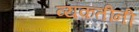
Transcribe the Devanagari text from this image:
व्यकतींनी